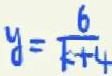
y = \frac { 6 } { k + 4 }